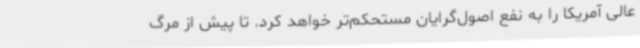
عالی آمریکا را به نفع اصول‌گرایان مستحکم‌تر خواهد کرد. تا پیش از مرگ